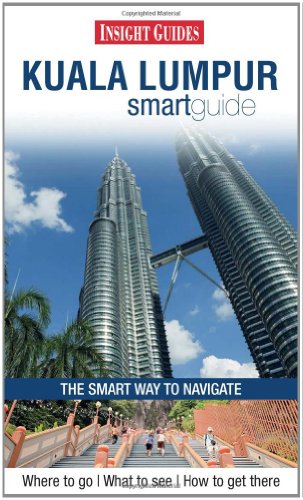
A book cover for Kuala Lumpur Smartguide. (Insight Smart Guide); Insight Guides; Travel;